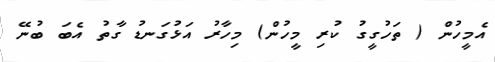
އެމީހުން ( ތަހުގީގު ކުރި މީހުން) މިހާރު އަޅުގަނޑު ގާތު އެބަ ބުނޭ